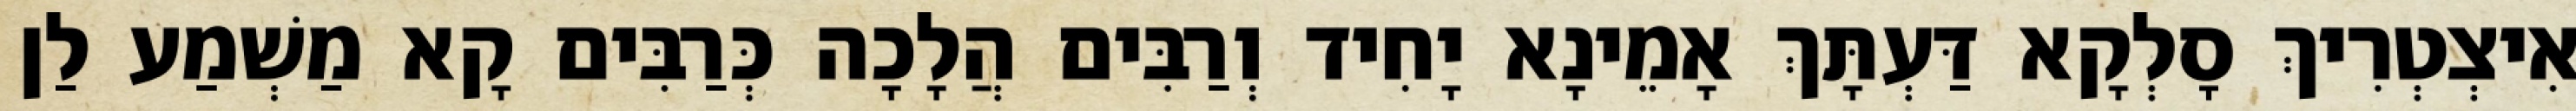
אִיצְטְרִיךְ סָלְקָא דַּעְתָּךְ אָמֵינָא יָחִיד וְרַבִּים הֲלָכָה כְּרַבִּים קָא מַשְׁמַע לַן